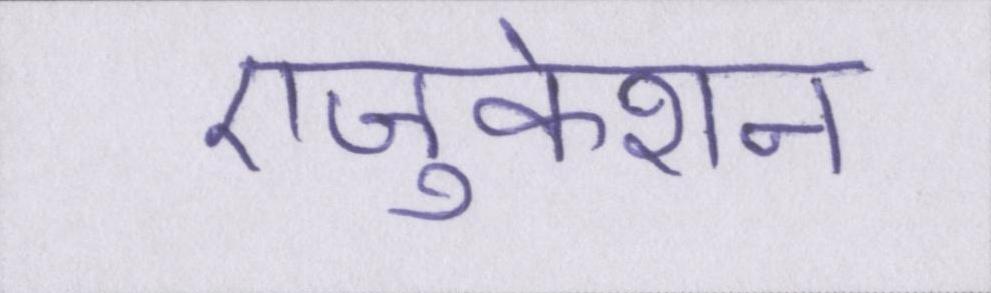
एजुकेशन